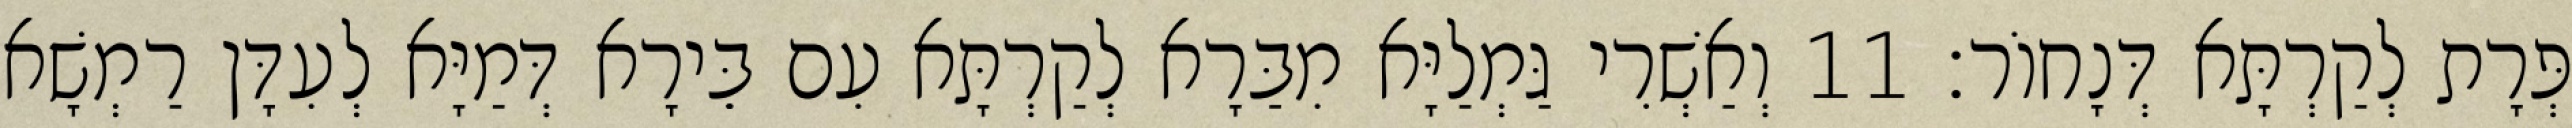
פְּרָת לְקַרְתָּא דְּנָחוֹר׃ 11 וְאַשְׁרִי גַּמְלַיָּא מִבַּרָא לְקַרְתָּא עִם בֵּירָא דְּמַיָּא לְעִדָּן רַמְשָׁא